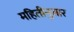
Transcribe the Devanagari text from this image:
महितीनुसार